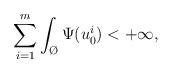
LaTeX: \begin{align*}\sum_{i=1}^m\int_{\O}\Psi(u_0^i)<+ \infty,\end{align*}